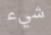
شيء